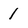
Character: 1